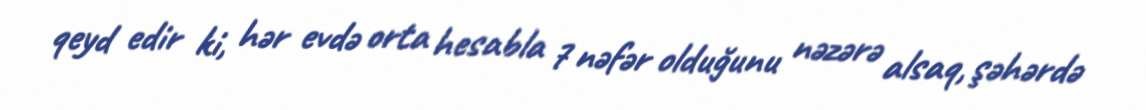
qeyd edir ki, hər evdə orta hesabla 7 nəfər olduğunu nəzərə alsaq, şəhərdə